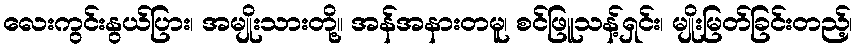
လေးကွင်းနွယ်ပြား၊ အမျိုးသားတို့။ အန်အနားတမူ၊ စင်ဖြူသန့်ရှင်း၊ မျိုးမြတ်ခြင်းတည့်၊